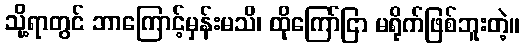
သို့ရာတွင် ဘာကြောင့်မှန်းမသိ၊ ထိုကြော်ငြာ မရိုက်ဖြစ်ဘူးတဲ့။